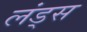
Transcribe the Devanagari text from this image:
लंड्स